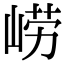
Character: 崂